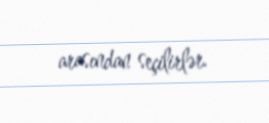
arasından seçilirlər.